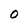
Character: O